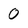
Character: 0